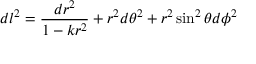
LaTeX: d l ^ { 2 } = { \frac { d r ^ { 2 } } { 1 - k { r ^ { 2 } } } } + r ^ { 2 } d \theta ^ { 2 } + r ^ { 2 } \sin ^ { 2 } \theta d \phi ^ { 2 }